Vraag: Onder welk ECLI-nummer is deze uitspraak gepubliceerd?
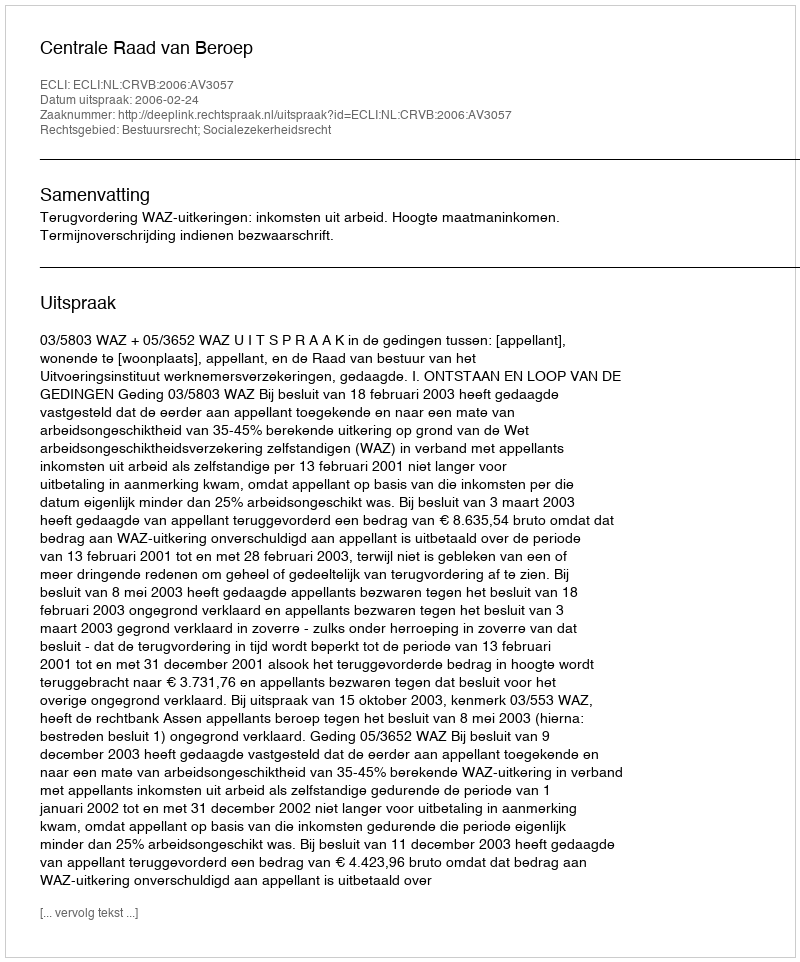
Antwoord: ECLI:NL:CRVB:2006:AV3057